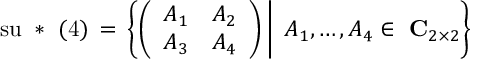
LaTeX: \mathrm { s u ~ * ~ ( 4 ) } \, = \, \left\{ \left( \begin{array} { c c } { { A _ { 1 } } } & { { A _ { 2 } } } \\ { { A _ { 3 } } } & { { A _ { 4 } } } \end{array} \right) \, \right| \left. \vphantom { \left( \begin{array} { c } { { A _ { 1 } } } \\ { { A _ { 3 } } } \end{array} \right) } \, A _ { 1 } , \ldots , A _ { 4 } \in \mathrm { \bf ~ C } _ { 2 \times 2 } \right\}